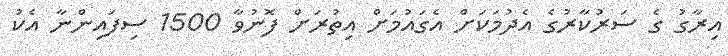
އިރާގު ގެ ސަރުކާރުގެ އެދުމަކަށް އެގައުމަށް އިތުރަށް ފޮނުވާ 1500 ސިފައިންނާ އެކު